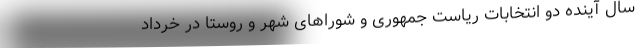
سال آینده دو انتخابات ریاست جمهوری و شوراهای شهر و روستا در خرداد